Malaria in the Duars
Disease focus: Malaria
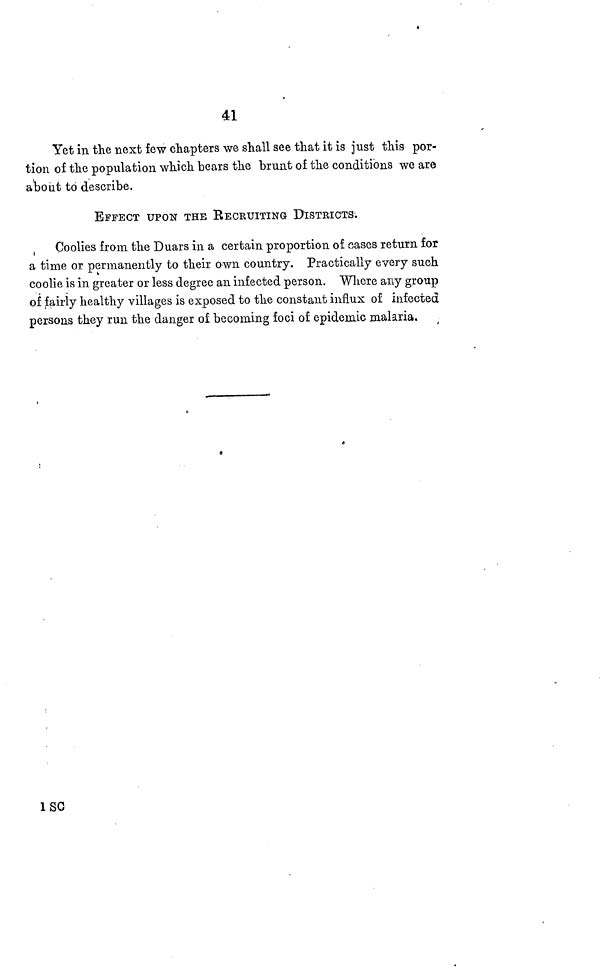
41
Yet in the next few chapters we shall see that it is just this por-
tion of the population which bears the brunt of the conditions we are
about to describe.
EFFECT UPON THE RECRUITING DISTRICTS.
Coolies from the Duars in a certain proportion of oases return for
a time or permanently to their own country. Practically every such
coolie is in greater or less degree an infected person. Where any group
of fairly healthy villages is exposed to the constant influx of infected
persons they run the danger of becoming foci of epidemic malaria.
1 SC